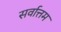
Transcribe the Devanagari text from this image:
सर्वात्तम